Annual report on the Civil Veterinary Department, Burma (including the Insein Veterinary School) - 1910-1922
Year: 1910
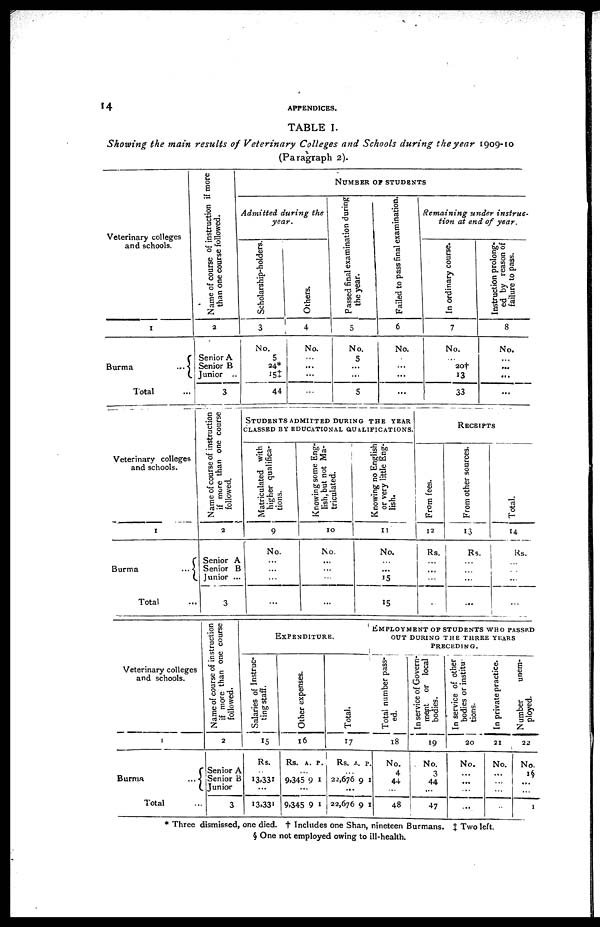
1 4
APPENDICES.
TABLE I.
Showing the main results of Veterinary Colleges and Schools during the year 1909-10
(Paragraph 2).
Veterinary colleges
and schools.
1
Burma
...
Total
Name of course of instruction if more
than one course followed.
2
Senior A
Senior B
Junior ..
3
NUMBER
OF
STUDENTS
Admitted during the
year.
Scholarship-holders.
3
No.
5
24*
15‡
44
Others.
4
No.
...
...
...
Passed final examination during
the year.
5
No.
5
...
5
Failed to pass final examination.
6
No.
...
...
Remaining
under instruc-
tion at end of year.
In ordinary course.
7
No.
20†
13
33
Instruction prolong-
ed by reason of
failure to pass.
8
No.
...
...
...
...
Veterinary colleges
and schools.
1
Burma ...
Total...
Name of course of instruction
if more than one course
followed.
2
Senior A
Senior B
Junior ...
3
STUDENTS
ADMITTED
DURING
THE
YEAR
CLASSED BY EDUCATIONAL QUALIFICATIONS.
Matriculated with
higher qualifica-
tions.
9
No.
...
...
...
...
Knowing some Eng-
lish, but not Ma-
triculated.
10
No.
...
...
...
...
Knowing no English
or very little Eng-
lish.
11
No.
...
...
15
15
RECEIPTS
From fees.
12
Rs.
...
...
...
...
From other sources.
13
Rs.
...
...
...
...
Total.
14
Rs.
...
...
...
...
Veterinary colleges
and schools.
1
Burma ...
Total ...
Name of course of instruction
if more than one course
followed.
2
Senior A
Senior B
Junior
3
EXPENDITURE.
Salaries of Instruc-
ting staff.
15
Rs.
...
13,331
...
13,331
Ot her expenses.
16
Rs.
...
9,345
...
9,345
A.
9
9
P.
1
1
Total.
17
Rs.
...
22,676
...
22,676
A.
9
9
P.
1
1
EMPLOYMENT OF STUDENTS WHO PASSED
OUT DURING THE THREE YEARS
PRECEDING.
Total number pass-
ed.
18
No.
4
44
...
48
In service of Govern-
ment or local
bodies.
19
No.
3
44
47
In service of other
bodies or institu-
tions.
20
No.
...
...
...
...
In private practice.
21
No.
...
...
...
...
N umber
unem-
ployed.
22
No.
1§
...
...
1
* Three dismissed, one died, † Includes one Shan, nineteen Burmans. ‡ Two left.
§ One not employed owing to ill-health.